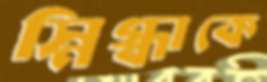
স্নিগ্ধাকে